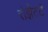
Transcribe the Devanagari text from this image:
रोझेट्टे